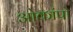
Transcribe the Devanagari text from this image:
ओकांपो